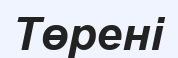
Төрені